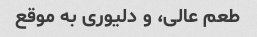
طعم عالی، و دلیوری به موقع